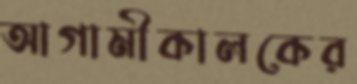
আগামীকালকের